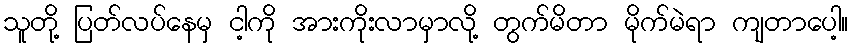
သူတို့ ပြတ်လပ်နေမှ ငါ့ကို အားကိုးလာမှာလို့ တွက်မိတာ မိုက်မဲရာ ကျတာပေါ့။